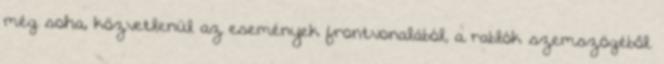
még soha, közvetlenül az események frontvonalából, a rablók szemszögéből.